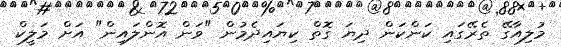
މުލިއާގޭ ތެރޭގައި ކަންކަން ދިޔަ ގޮތް ކިޔައިދެމުން "ވަން އޮންލައިން" އަށް މަލީކް